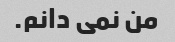
من نمی دانم.